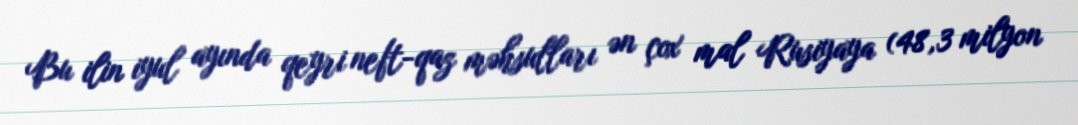
Bu ilin iyul ayında qeyri neft-qaz məhsulları ən çox mal Rusiyaya (48,3 milyon